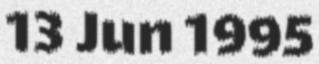
13 Jun 1995